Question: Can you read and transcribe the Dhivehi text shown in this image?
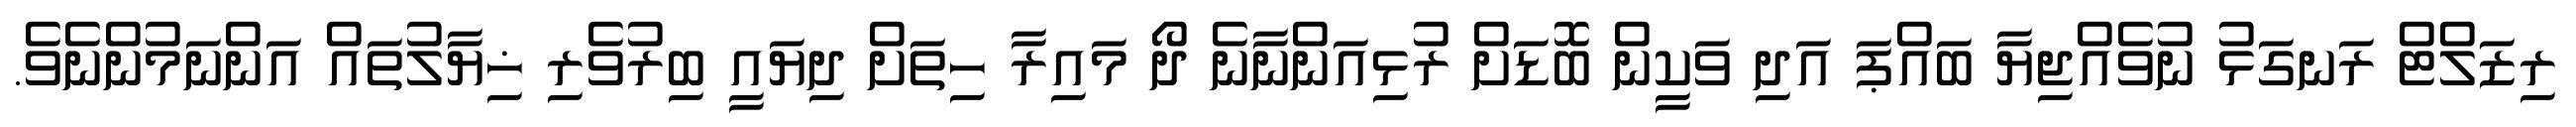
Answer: ރިޒަލްޓް ރަނގަޅު ނުވެއްޖިޔާ ބައްޕަ އަދި ވަކީން ބޮޑަށް ރުޅިއަންނާނެ ދޯ މައިރާ ހިތަށް ދިޔައީ ބިރުވެރި ޚިޔާލުތައް އަންނަމުންނެވެ.